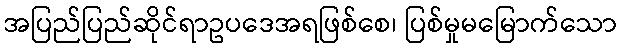
အပြည်ပြည်ဆိုင်ရာဥပဒေအရဖြစ်စေ၊ ပြစ်မှုမမြောက်သော